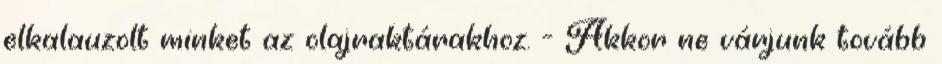
elkalauzolt minket az olajraktárakhoz. - Akkor ne várjunk tovább